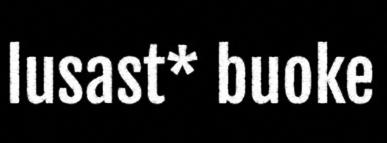
lusast* buoke